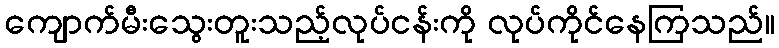
ကျောက်မီးသွေးတူးသည့်လုပ်ငန်းကို လုပ်ကိုင်နေကြသည်။